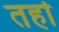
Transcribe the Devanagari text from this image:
तर्हा